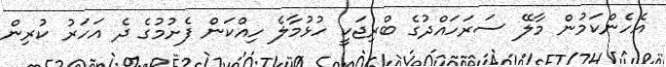
އެހެންކަމުން މާލޭ ސަރަހައްދުގެ ބްރިޖަކީ ހުޅުމާލެ ހިއްކަން ފެށުމުގެ ދެ އަހަރު ކުރިން